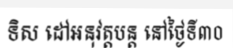
ទិស ដៅអនុវត្តបន្ត នៅថ្ងៃទី៣០